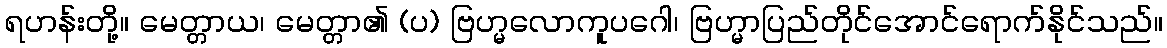
ရဟန်းတို့။ မေတ္တာယ၊ မေတ္တာ၏ (ပ) ဗြဟ္မလောကူပဂေါ၊ ဗြဟ္မာပြည်တိုင်အောင်ရောက်နိုင်သည်။